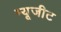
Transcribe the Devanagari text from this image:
म्यूजीट